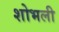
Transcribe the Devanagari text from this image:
शोभली